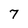
Character: 7